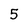
Character: 5